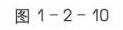
图1 - 2 - 10